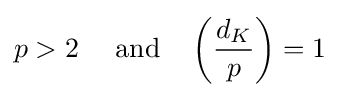
p>2\quad {\mbox{ and}}\quad \left({\frac {d_{K}}{p}}\right)=1